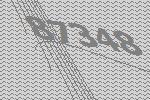
87348